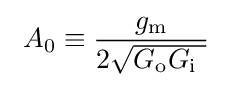
\ A_{0}\equiv {\frac {g_{\mathrm {m} }}{2{\sqrt {G_{\mathrm {o} }G_{\mathrm {i} }\ }}}}\